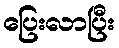
ပြေးလာပြီး